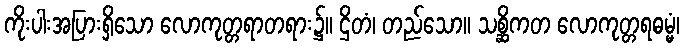
ကိုးပါးအပြားရှိသော လောကုတ္တရာတရား၌။ ဌိတံ၊ တည်သော။ သစ္ဆိကတ လောကုတ္တရဓမ္မံ၊